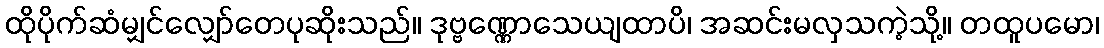
ထိုပိုက်ဆံမျှင်လျှော်တေပုဆိုးသည်။ ဒုဗ္ဗဏ္ဏောသေယျထာပိ၊ အဆင်းမလှသကဲ့သို့။ တထူပမော၊